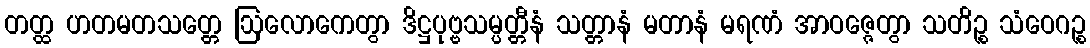
တတ္ထ ဟတမတသတ္တေ ဩလောကေတွာ ဒိဋ္ဌပုဗ္ဗသမ္ပတ္တီနံ သတ္တာနံ မတာနံ မရဏံ အာဝဇ္ဇေတွာ သတိဉ္စ သံဝေဂဉ္စ